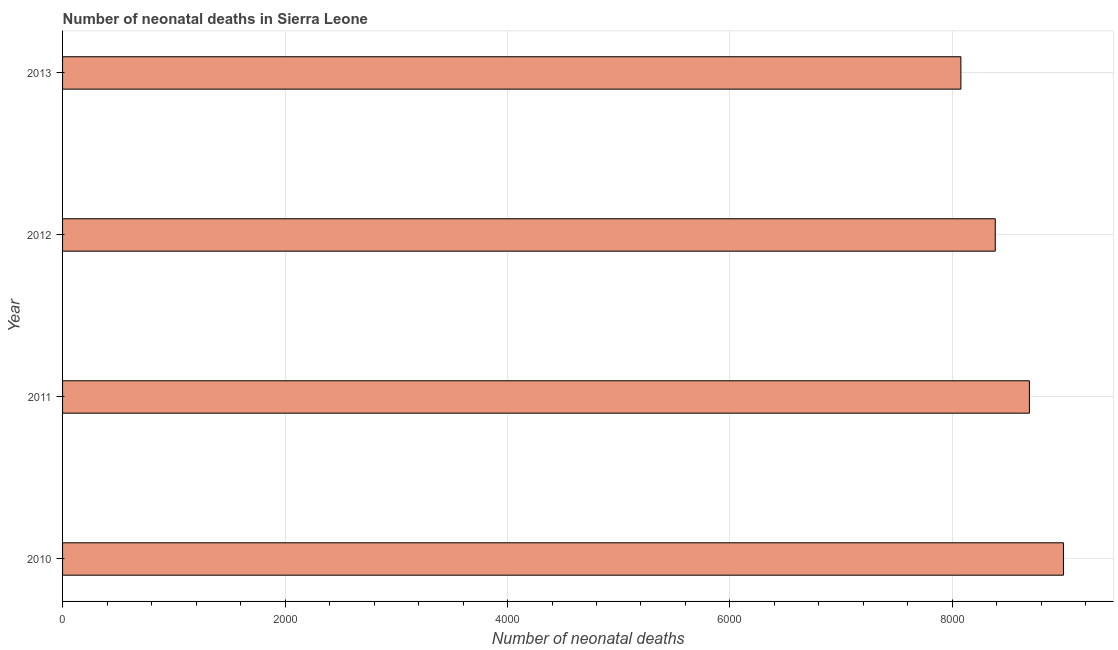
| Year | Neonatal deaths |
 | --- | --- |
 | 2010 | 9e+03 |
 | 2011 | 8.69e+03 |
 | 2012 | 8.38e+03 |
 | 2013 | 8.08e+03 |